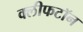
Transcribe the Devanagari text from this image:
क्लीफटॉन